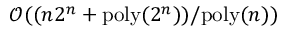
\mathcal { O } ( ( n 2 ^ { n } + \mathrm { p o l y } ( 2 ^ { n } ) ) / \mathrm { p o l y } ( n ) )